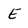
Character: e